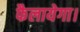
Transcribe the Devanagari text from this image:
फैलायेगा।